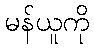
မန်ယူကို